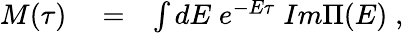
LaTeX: \begin{array}{rlr}{M(\tau)}&{{}=}&{\int dE\; e^{-E\tau}\; Im\Pi(E)\; ,}\end{array}